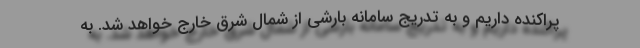
پراکنده داریم و به تدریج سامانه بارشی از شمال شرق خارج خواهد شد. به